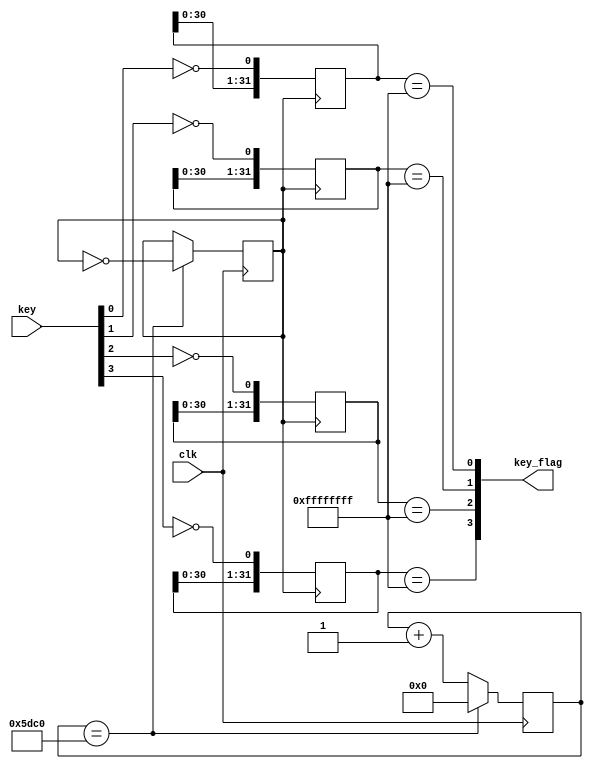
////////////////////////////////////////////////////
//
//
//
//
//V0.00
//
//20131003
////////////////////////////////////////////////////
module key_module(
	input	 clk,
	
	input  [3:0]key,
	output [3:0]key_flag
	
);
	//
	parameter DIV_FACTOR = 32'd48_000;

	reg clk_khz;
	//
	reg [31:0]cnt;
	always@(posedge clk)
		if(cnt == DIV_FACTOR/2)
			begin 
				cnt <= 32'b0; 
				clk_khz = !clk_khz;
			end
		else cnt <= cnt + 1'b1;
	
	reg	[31:0]key_reg0;
	reg	[31:0]key_reg1;
	reg	[31:0]key_reg2;
	reg	[31:0]key_reg3;
	always@(posedge clk_khz)
		begin 
			key_reg0 <= {key_reg0[30:0],!key[0]}; 
			key_reg1 <= {key_reg1[30:0],!key[1]}; 
			key_reg2 <= {key_reg2[30:0],!key[2]}; 
			key_reg3 <= {key_reg3[30:0],!key[3]}; 
		end
		
	assign key_flag[0] = (key_reg0 == 32'hffffffff);
	assign key_flag[1] = (key_reg1 == 32'hffffffff);
	assign key_flag[2] = (key_reg2 == 32'hffffffff);
	assign key_flag[3] = (key_reg3 == 32'hffffffff);

	
endmodule